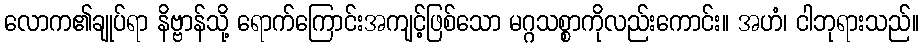
လောက၏ချုပ်ရာ နိဗ္ဗာန်သို့ ရောက်ကြောင်းအကျင့်ဖြစ်သော မဂ္ဂသစ္စာကိုလည်းကောင်း။ အဟံ၊ ငါဘုရားသည်။